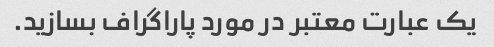
یک عبارت معتبر در مورد پاراگراف بسازید.